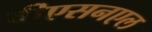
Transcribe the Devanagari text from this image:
वीएसनएल